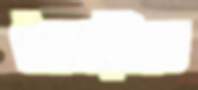
নৈকাঠিতে